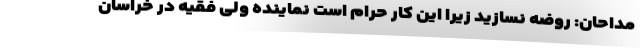
مداحان: روضه نسازید زیرا این کار حرام است نماینده ولی فقیه در خراسان